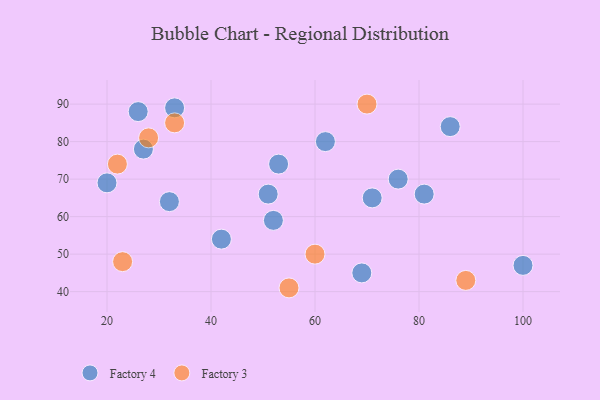
{"axis": {"x": "GDP", "y": "Life Expectancy"}, "legend": ["Factory 3", "Factory 4"], "data": [{"x": "20", "y": 69, "type": "Factory 4"}, {"x": "27", "y": 78, "type": "Factory 4"}, {"x": "33", "y": 89, "type": "Factory 4"}, {"x": "62", "y": 80, "type": "Factory 4"}, {"x": "86", "y": 84, "type": "Factory 4"}, {"x": "76", "y": 70, "type": "Factory 4"}, {"x": "69", "y": 45, "type": "Factory 4"}, {"x": "52", "y": 59, "type": "Factory 4"}, {"x": "100", "y": 47, "type": "Factory 4"}, {"x": "32", "y": 64, "type": "Factory 4"}, {"x": "53", "y": 74, "type": "Factory 4"}, {"x": "81", "y": 66, "type": "Factory 4"}, {"x": "71", "y": 65, "type": "Factory 4"}, {"x": "51", "y": 66, "type": "Factory 4"}, {"x": "26", "y": 88, "type": "Factory 4"}, {"x": "42", "y": 54, "type": "Factory 4"}, {"x": "70", "y": 90, "type": "Factory 3"}, {"x": "89", "y": 43, "type": "Factory 3"}, {"x": "23", "y": 48, "type": "Factory 3"}, {"x": "55", "y": 41, "type": "Factory 3"}, {"x": "33", "y": 85, "type": "Factory 3"}, {"x": "60", "y": 50, "type": "Factory 3"}, {"x": "28", "y": 81, "type": "Factory 3"}, {"x": "22", "y": 74, "type": "Factory 3"}]}